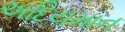
અદિયમાન